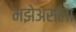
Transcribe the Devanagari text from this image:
मझेअसला